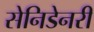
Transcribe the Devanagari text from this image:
सेनिडेनरी